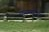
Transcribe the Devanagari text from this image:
नासासंपीडनो